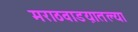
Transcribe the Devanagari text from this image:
मराठवाडय़ातल्या